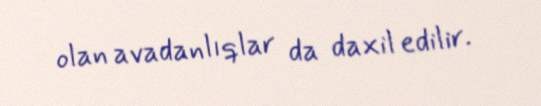
olan avadanlıqlar da daxil edilir.